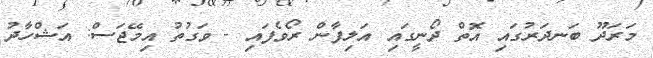
މަރަދޫ ބަނދަރުގައި އޮތް ދޯނީގައި އަލިފާން ރޯވެފައި - ވަގުތު އިމޭޖަސް: އަޝްހާދު